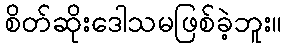
စိတ်ဆိုးဒေါသမဖြစ်ခဲ့ဘူး။